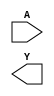
module prime_implicant_simplifier (
    input wire [3:0] A,   // Input variables (4-bit)
    output wire Y         // Output (minimized Boolean function)
);

// Internal signals for intermediate calculations
wire [15:0] truth_table; // Truth table representation
wire [3:0] minterms;      // Minterms to cover
wire [3:0] prime_implicants; // Prime implicants selected

// Define the truth table for the specific Boolean function
assign truth_table = { 
    1'b0, // 0000
    1'b0, // 0001
    1'b1, // 0010
    1'b1, // 0011
    1'b1, // 0100
    1'b0, // 0101
    1'b1, // 0110
    1'b1, // 0111
    1'b0, // 1000
    1'b0, // 1001
    1'b1, // 1010
    1'b0, // 1011
    1'b0, // 1100
    1'b0, // 1101
    1'b0, // 1110
    1'b0  // 1111
};

// Identify minterms based on truth table
assign minterms = (truth_table[A] == 1'b1) ? 1'b1 : 1'b0;

// Simplified example of selecting prime implicants
// In a real scenario, you would implement the Q-M algorithm or similar
assign prime_implicants = (minterms[0] & minterms[1]) | // Example grouping
                          (minterms[2] & minterms[3]) |
                          (minterms[4] & minterms[5]); // Continue this logic based on your requirements

// Final output based on the selected prime implicants
assign Y = prime_implicants;

endmodule